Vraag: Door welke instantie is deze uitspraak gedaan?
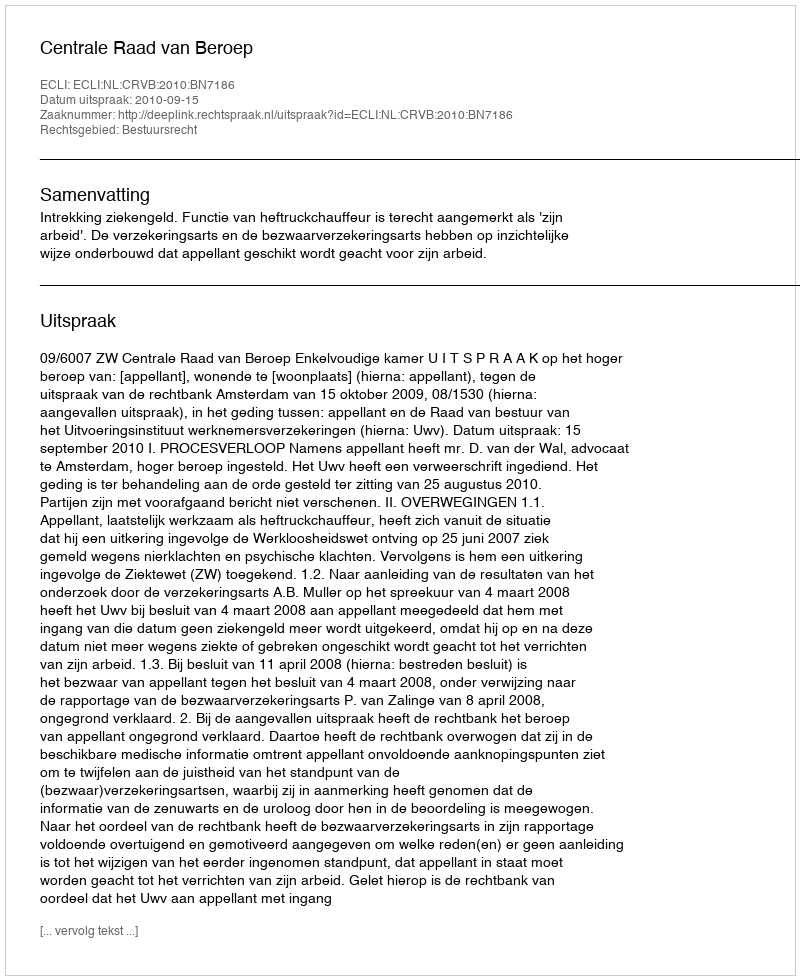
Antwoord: Centrale Raad van Beroep